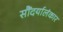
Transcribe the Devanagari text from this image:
सौंदर्यालंकार